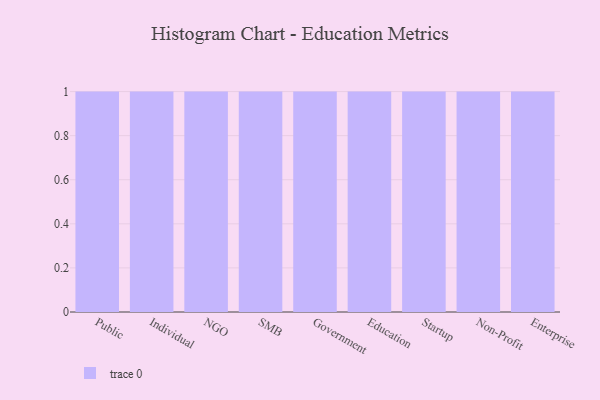
{"axis": {"x": "Segment", "y": "Latency (ms)"}, "legend": [""], "data": [{"x": "Public", "y": 90, "type": ""}, {"x": "Individual", "y": 46, "type": ""}, {"x": "NGO", "y": 99, "type": ""}, {"x": "SMB", "y": 49, "type": ""}, {"x": "Government", "y": 67, "type": ""}, {"x": "Education", "y": 98, "type": ""}, {"x": "Startup", "y": 2, "type": ""}, {"x": "Non-Profit", "y": 45, "type": ""}, {"x": "Enterprise", "y": 63, "type": ""}]}